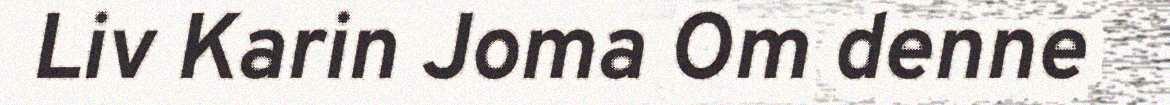
Liv Karin Joma Om denne